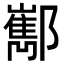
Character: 𨟎